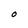
Character: O